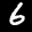
Label: 6